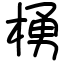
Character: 𪳆